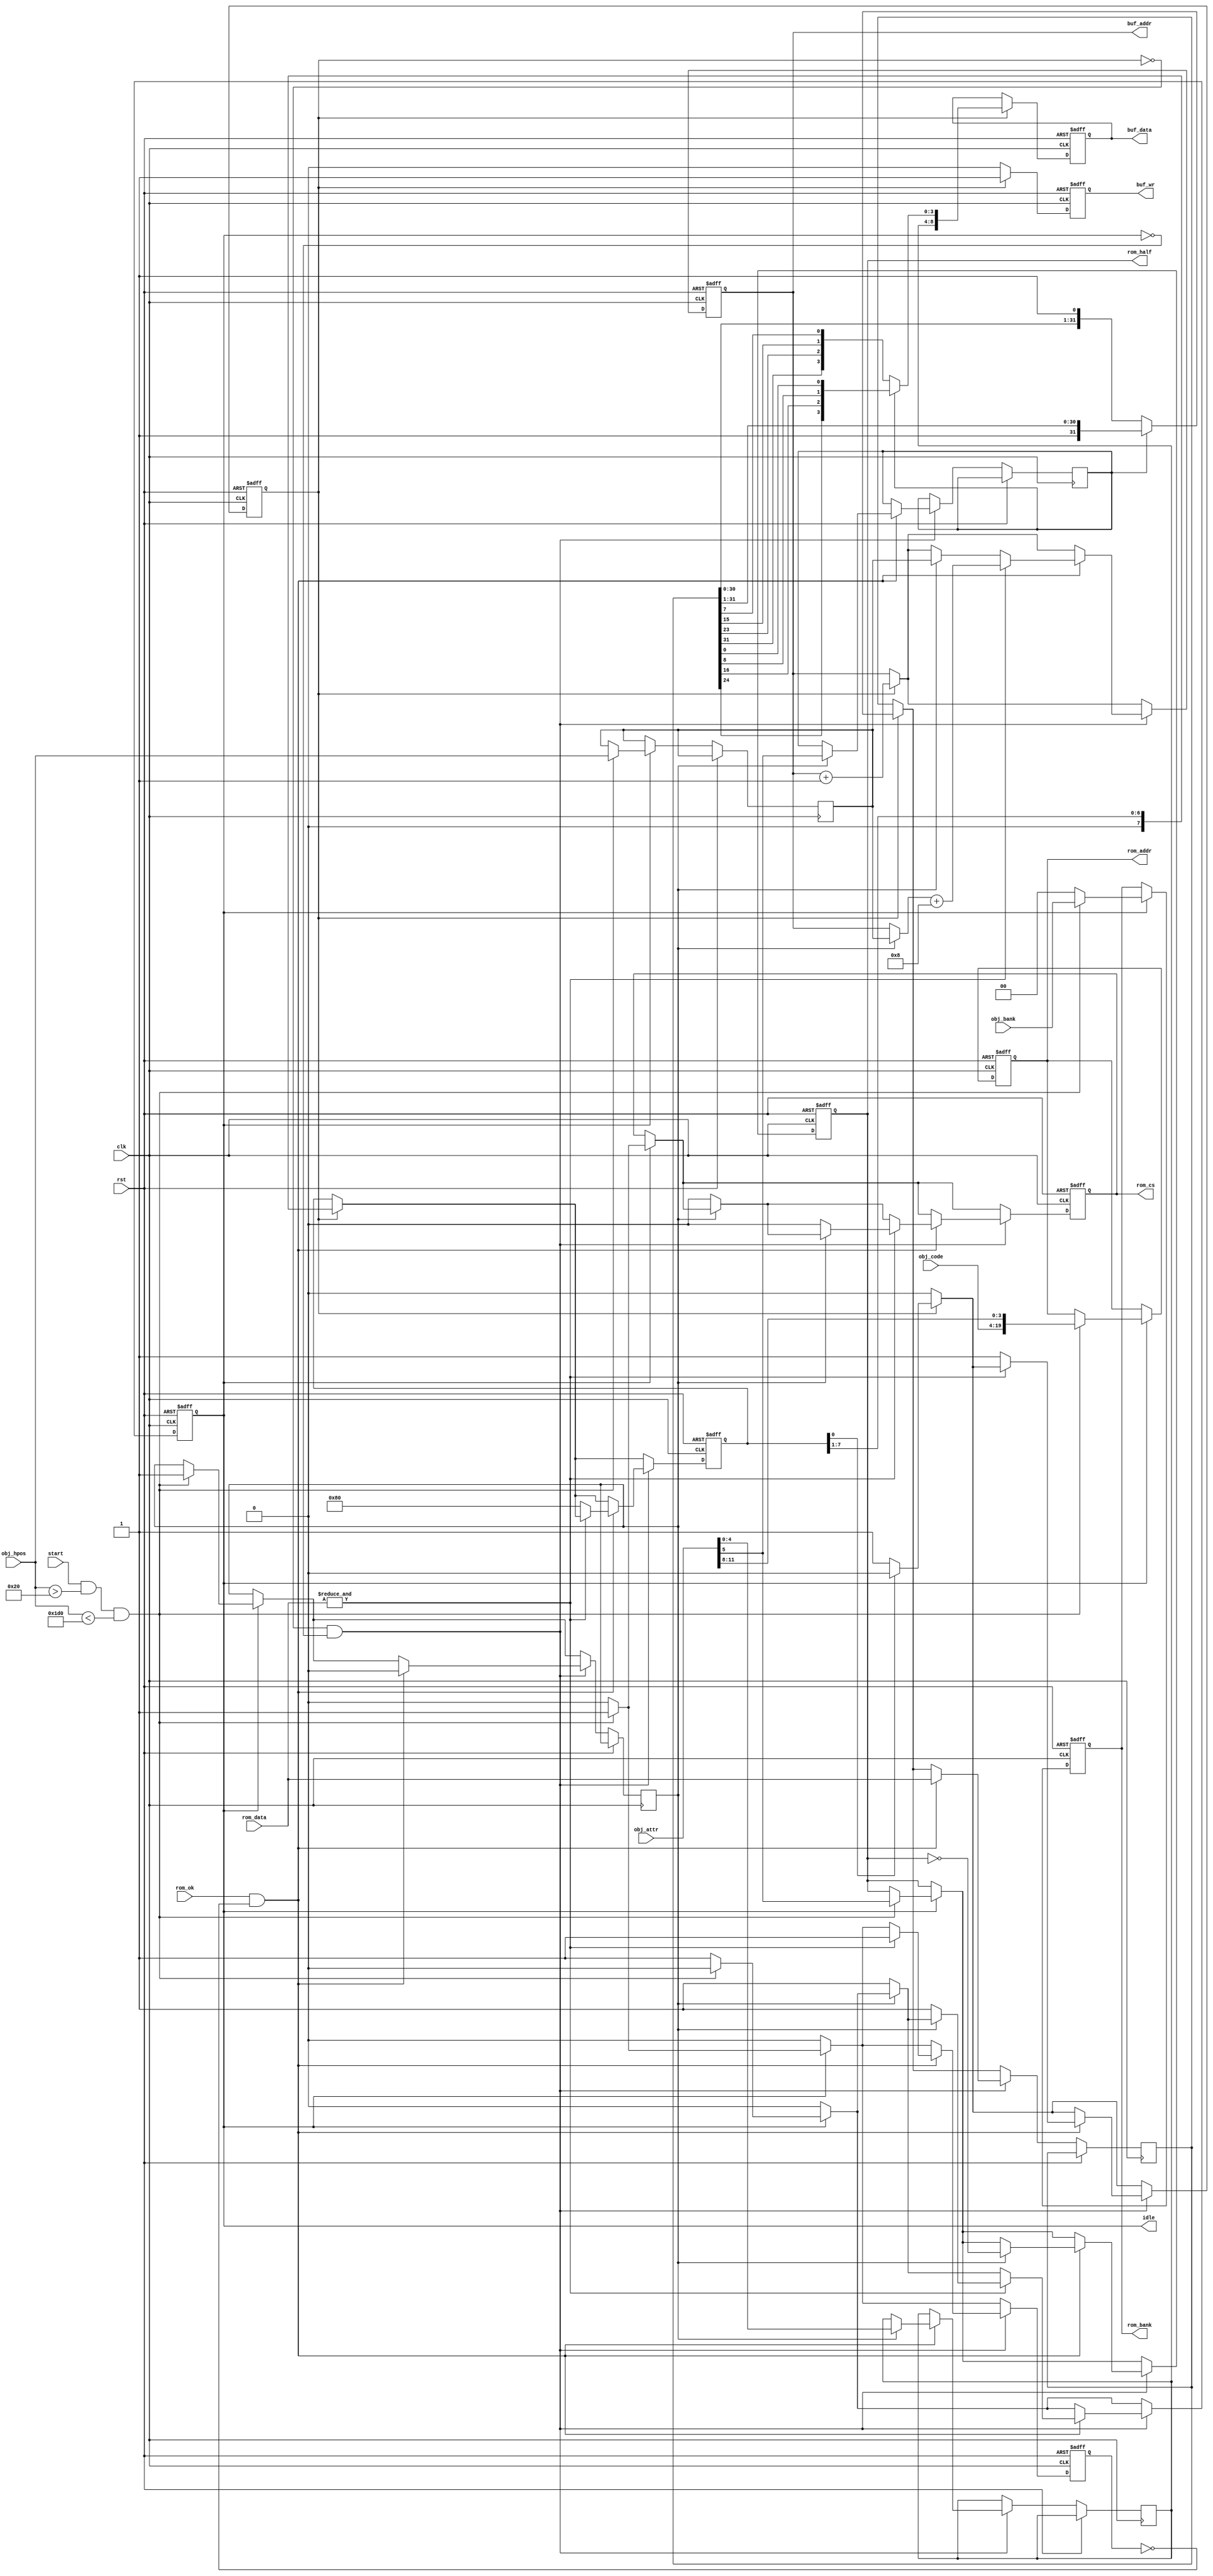
// This program was cloned from: https://github.com/jotego/jtcores
// License: GNU General Public License v3.0

/*  This file is part of JTCORES1.
    JTCORES1 program is free software: you can redistribute it and/or modify
    it under the terms of the GNU General Public License as published by
    the Free Software Foundation, either version 3 of the License, or
    (at your option) any later version.

    JTCORES1 program is distributed in the hope that it will be useful,
    but WITHOUT ANY WARRANTY; without even the implied warranty of
    MERCHANTABILITY or FITNESS FOR A PARTICULAR PURPOSE.  See the
    GNU General Public License for more details.

    You should have received a copy of the GNU General Public License
    along with JTCORES1.  If not, see <http://www.gnu.org/licenses/>.

    Author: Jose Tejada Gomez. Twitter: @topapate
    Version: 2.0
    Date: 23-1-2021 */

module jtcps1_obj_draw (
    input              rst,
    input              clk,

    input      [15:0]  obj_code,
    input      [15:0]  obj_attr,
    input      [ 8:0]  obj_hpos,
    input      [ 1:0]  obj_bank,
    `ifdef CPS2
    input      [ 2:0]  obj_prio,
    output reg [ 2:0]  buf_prio,
    `endif

    input              start,
    output reg         idle,
    // Line buffer
    output reg [ 8:0]  buf_addr,
    output reg [ 8:0]  buf_data,
    output reg         buf_wr,

    // ROM interface
    output reg [19:0]  rom_addr,    // up to 1 MB
    output reg [ 1:0]  rom_bank,
    output reg         rom_half,    // selects which half to read
    input      [31:0]  rom_data,
    output reg         rom_cs,
    input              rom_ok
);

wire [ 3:0] vsub;
wire [ 4:0] next_pal;
reg  [ 4:0] pal;
wire        next_hflip;
reg         hflip;
reg         wait_cycle;
reg  [ 7:0] draw_cnt;
reg  [ 8:0] next_buf;
reg         draw, half;
reg  [31:0] pxl_data;
wire        rom_good;

assign vsub     = obj_attr[11:8];
//     vflip    = obj_attr[6];
assign next_hflip = obj_attr[5];
assign next_pal = obj_attr[4:0];
assign rom_good = rom_ok && !wait_cycle;

function [3:0] colour;
    input [31:0] c;
    input        flip;
    colour = flip ? { c[24], c[16], c[ 8], c[0] } :
                    { c[31], c[23], c[15], c[7] };
endfunction

`ifdef SIMULATION
wire skipped = draw && draw_cnt[0] && &pxl_data;
`endif

always @(posedge clk, posedge rst) begin
    if( rst ) begin
        rom_addr   <= 20'd0;
        rom_half   <= 1'd0;
        buf_wr     <= 1'b0;
        buf_data   <= 9'd0;
        buf_addr   <= 9'd0;
        rom_cs     <= 1'b0;
        idle       <= 1;
        draw       <= 0;
        wait_cycle <= 0;
        draw_cnt   <= 8'h0;
        rom_bank   <= 2'd0;
    end else begin
        wait_cycle <= 0;
        if( idle ) begin
            if( start && obj_hpos>9'h20 && obj_hpos<9'h1d0 ) begin
                idle       <= 0;
                rom_cs     <= 1;
                rom_addr   <= { obj_code, vsub };
                rom_bank   <= obj_bank;
                next_buf   <= obj_hpos;
                rom_half   <= next_hflip;
                wait_cycle <= 1;
                half       <= 1;    // which half are we drawing?
            end else begin
                rom_cs   <= 0;
                rom_bank <= 2'd0;
            end
        end
        if( draw ) begin
            buf_wr   <= 1;
            buf_addr <= buf_addr+9'd1;
            buf_data <= { pal, colour(pxl_data, hflip) };
            pxl_data <= hflip ? {1'b1,pxl_data[31:1]} : {pxl_data[30:0],1'b1};
            draw_cnt <= draw_cnt>>1;
            if( draw_cnt[0] ) begin
                draw <= 0;
            end
        end else begin
            buf_wr <= 0;
        end
        if( !draw && !idle) begin
            if( rom_good ) begin
                pxl_data <= rom_data;
                half     <= 0;
                if( half ) begin
                    rom_half <= ~rom_half;
                    // copy new object data
                    buf_addr <= next_buf;
                    `ifdef CPS2
                    buf_prio <= obj_prio;
                    `endif
                    pal      <= next_pal;
                    hflip    <= next_hflip;
                end else begin
                    rom_cs <= 0;
                    idle   <= 1; // accept new requests
                end

                if( &rom_data ) begin
                    // skip blank pixels
                    wait_cycle <= 1;
                    buf_addr   <= (half ? next_buf : buf_addr) + 9'd8;
                    if( !half ) begin
                        rom_cs <= 0;
                        idle   <= 1;
                    end
                end else begin
                    draw <= 1;
                    draw_cnt <= 8'h80;
                end
            end
        end
    end
end

endmodule